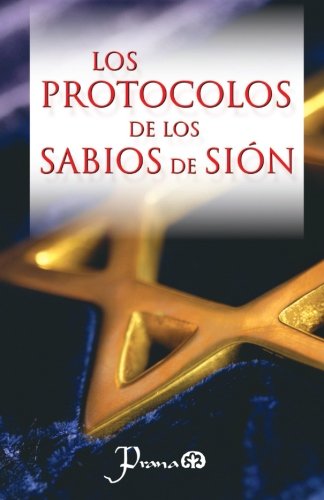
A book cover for Los protocolos de los sabios de Sion (Spanish Edition); Anonimo; Christian Books & Bibles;